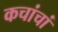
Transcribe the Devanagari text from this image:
कचांचां